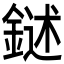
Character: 𨩔